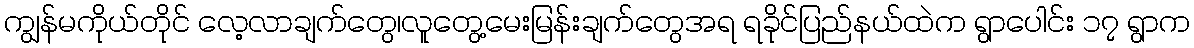
ကျွန်မကိုယ်တိုင် လေ့လာချက်တွေ၊လူတွေ့မေးမြန်းချက်တွေအရ ရခိုင်ပြည်နယ်ထဲက ရွာပေါင်း ၁၇ ရွာက